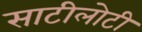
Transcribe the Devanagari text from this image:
साटीलोटी